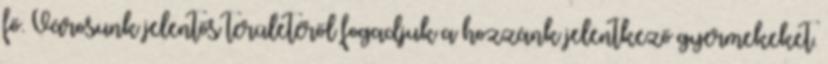
fő. Városunk jelentős területéről fogadjuk a hozzánk jelentkező gyermekeket.